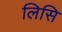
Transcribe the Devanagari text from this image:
लिसि